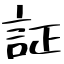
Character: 証